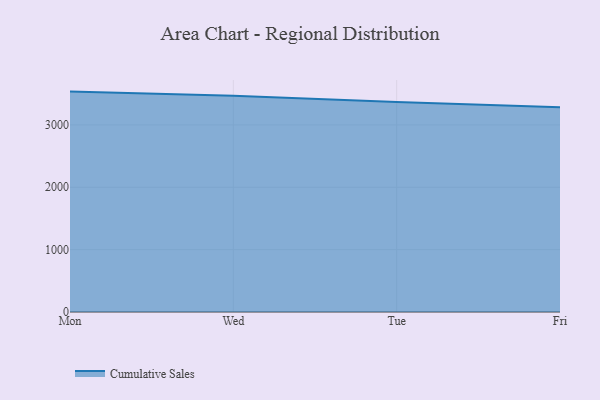
{"axis": {"x": "Day", "y": "Bounce Rate (%)"}, "legend": ["Cumulative Sales"], "data": [{"x": "Mon", "y": 3534.6, "type": "Cumulative Sales"}, {"x": "Wed", "y": 3469.7, "type": "Cumulative Sales"}, {"x": "Tue", "y": 3367.1, "type": "Cumulative Sales"}, {"x": "Fri", "y": 3285.1, "type": "Cumulative Sales"}]}